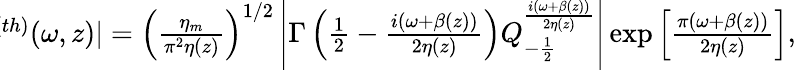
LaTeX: \begin{array}{r}{\! \! \! \! \! \! \! |\hat{\psi}^{(th)}(\omega,z)|=\left(\frac{\eta_{m}}{\pi^{2}\eta(z)}\right)^{1/2}\left|\Gamma\left(\frac{1}{2}-\frac{i(\omega+\beta(z))}{2\eta(z)}\right)Q_{-\frac{1}{2}}^{\frac{i(\omega+\beta(z))}{2\eta(z)}}\right|\exp\left[\frac{\pi(\omega+\beta(z))}{2\eta(z)}\right],}\end{array}